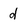
Character: d